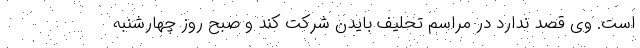
است. وی قصد ندارد در مراسم تحلیف بایدن شرکت کند و صبح روز چهارشنبه